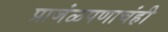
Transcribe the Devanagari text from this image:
प्राजंळपणाचंही